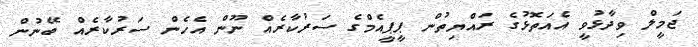
ޖަމީލް ވިދާޅުވީ އެއަތޮޅުގެ ރައްޔިތުން ޕީޕީއެމްގެ ސަރުކާރެއް ނޫން އެހެން ސަރުކާރެއް ބޭނުން